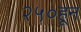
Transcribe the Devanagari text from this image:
२५०हून